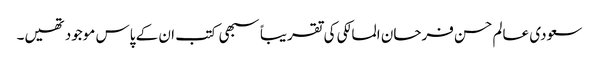
سعودی عالم حسن فرحان المالکی کی تقریباً سبھی کتب ان کے پاس موجود تھیں۔